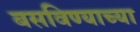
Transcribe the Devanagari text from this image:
बसविण्याच्या